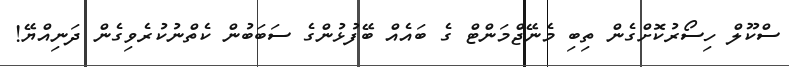
ސްކޫލް ހިސޯރުކޮށްގެން ތިބި މެނޭޖްމަންޓް ގެ ބައެއް ބޭފުޅުންގެ ސަބަބުން ކެތްނުކުރެވިގެން ދަނިއްޔޭ!